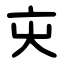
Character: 㐪